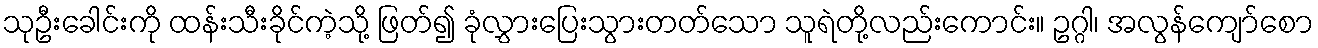
သုဦးခေါင်းကို ထန်းသီးခိုင်ကဲ့သို့ ဖြတ်၍ ခုံလွှားပြေးသွားတတ်သော သူရဲတို့လည်းကောင်း။ ဥဂ္ဂါ၊ အလွန်ကျော်စော